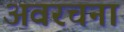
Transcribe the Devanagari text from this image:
अवरचना